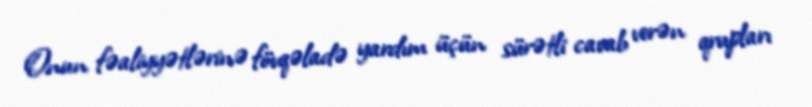
Onun fəaliyyətlərinə fövqəladə yardım üçün sürətli cavab verən qrupları